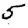
Digit: 5